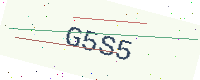
Text: G5S5